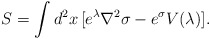
\begin{align*}S = \int d^2x\, [e^\lambda \nabla^2 \sigma - e^\sigma V(\lambda)].\end{align*}